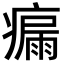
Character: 瘺